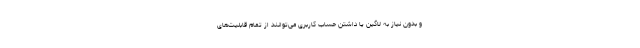
و بدون نیاز به لاگین یا داشتن حساب کاربری می‌توانند از تمام قابلیت‌های